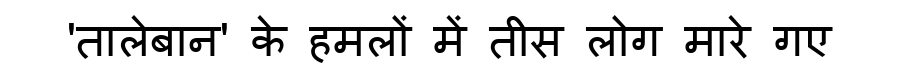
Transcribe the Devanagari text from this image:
'तालेबान' के हमलों में तीस लोग मारे गए